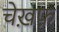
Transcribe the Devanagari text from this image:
चेख़फ़